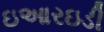
ઇઆરઇડી